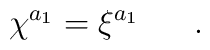
\chi^{a_1}=\xi^{a_1}\ \ \ \ \ .